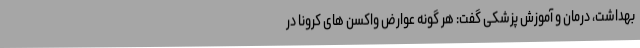
بهداشت، درمان و آموزش پزشکی گفت: هر گونه عوارض واکسن های کرونا در